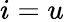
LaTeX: i=u